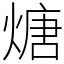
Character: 煻